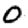
Digit: 0